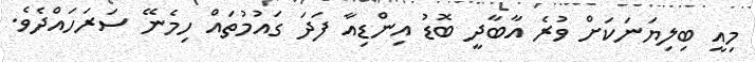
މިއީ ބިލިޔަނަކަށް ވުރެ އާބާދީ ބޮޑު އިންޑިއާ ފަދަ ގައުމުތައް ހިމެނޭ ސަރަހައްދެވެ.